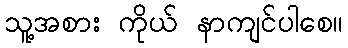
သူ့အစား ကိုယ် နာကျင်ပါစေ။